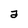
Character: a